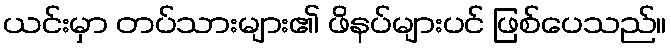
ယင်းမှာ တပ်သားများ၏ ဖိနပ်များပင် ဖြစ်ပေသည်။